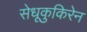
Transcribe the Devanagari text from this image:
सेधूकुकिरेन